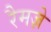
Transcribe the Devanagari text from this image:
रैमज़े